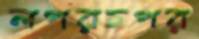
লপরচপর